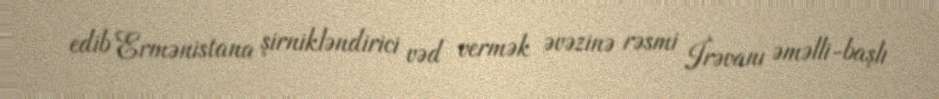
edib Ermənistana şirnikləndirici vəd vermək əvəzinə rəsmi İrəvanı əməlli-başlı